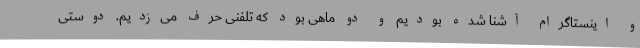
و اینستاگرام آشنا شده بودیم و دو ماهی بود که تلفنی حرف می‌زدیم. دوستی